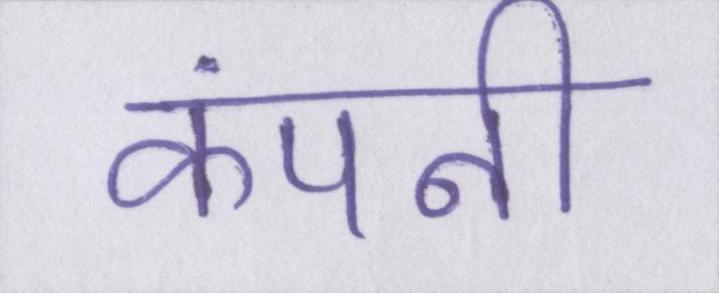
कंपनी